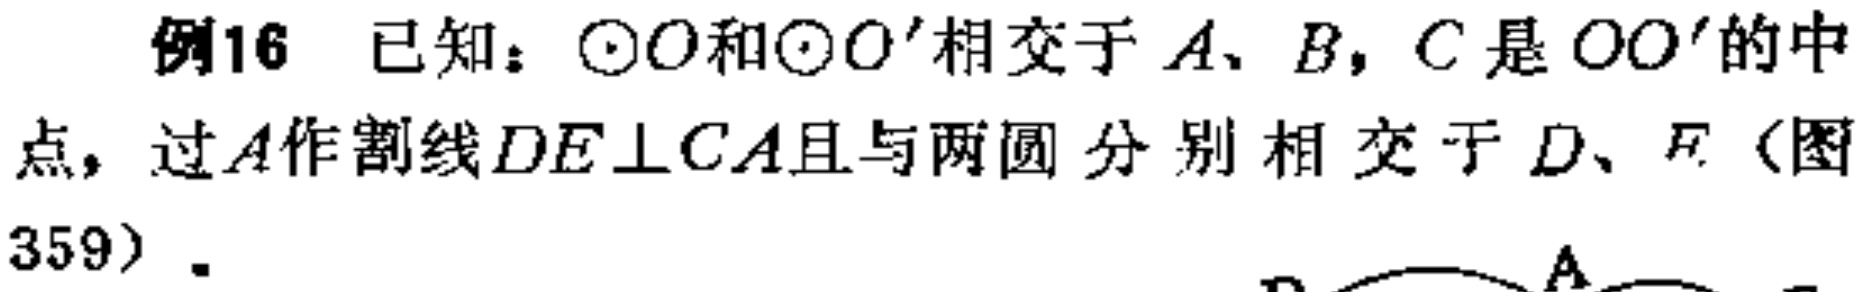
例16 已知：$\odot O$和$\odot O^{\prime}$相交于$A、B$，$C$是$OO^{\prime}$的中点，过$A$作割线$DE\perp CA$且与两圆分别相交于$D、E$（图359）.